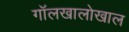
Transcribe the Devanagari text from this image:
गॉलखालोखाल